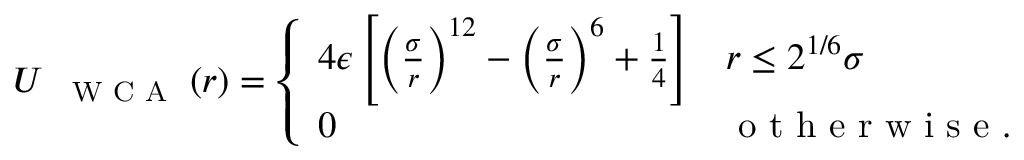
U _ { \mathrm { ~ \footnotesize ~ { ~ W ~ C ~ A ~ } ~ } } ( r ) = \left\{ \begin{array} { l l } { 4 \epsilon \left[ \left( \frac \sigma r \right) ^ { 1 2 } - \left( \frac \sigma r \right) ^ { 6 } + \frac 1 4 \right] } & { r \leq 2 ^ { 1 / 6 } \sigma } \\ { 0 } & { \mathrm { ~ o ~ t ~ h ~ e ~ r ~ w ~ i ~ s ~ e ~ } . } \end{array} \right.